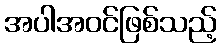
အပါအဝင်ဖြစ်သည့်